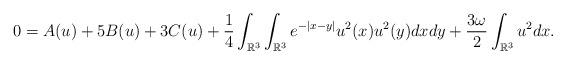
LaTeX: \begin{align*}0=A(u)+5B(u)+3C(u)+\frac{1}{4}\int_{\mathbb{R}^{3}}\int_{\mathbb{R}^{3}}e^{-|x-y|}u^{2}(x)u^{2}(y)dxdy+\frac{3\omega}{2}\int_{\mathbb{R}^{3}}u^{2}dx.\end{align*}